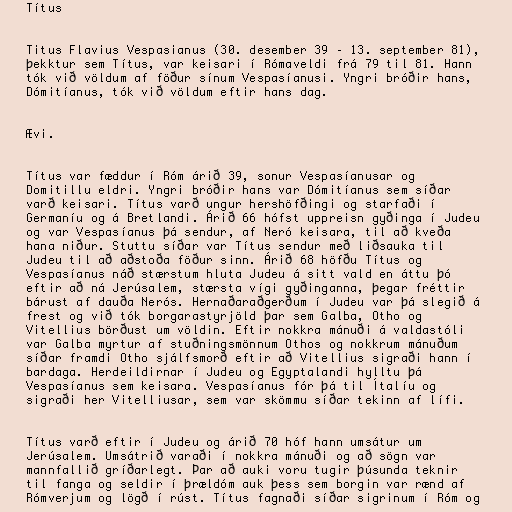
Títus

Titus Flavius Vespasianus (30. desember 39 – 13. september 81),
þekktur sem Títus, var keisari í Rómaveldi frá 79 til 81. Hann
tók við völdum af föður sínum Vespasíanusi. Yngri bróðir hans,
Dómitíanus, tók við völdum eftir hans dag.

Ævi.

Títus var fæddur í Róm árið 39, sonur Vespasíanusar og
Domitillu eldri. Yngri bróðir hans var Dómitíanus sem síðar
varð keisari. Títus varð ungur hershöfðingi og starfaði í
Germaníu og á Bretlandi. Árið 66 hófst uppreisn gyðinga í Judeu
og var Vespasíanus þá sendur, af Neró keisara, til að kveða
hana niður. Stuttu síðar var Títus sendur með liðsauka til
Judeu til að aðstoða föður sinn. Árið 68 höfðu Títus og
Vespasíanus náð stærstum hluta Judeu á sitt vald en áttu þó
eftir að ná Jerúsalem, stærsta vígi gyðinganna, þegar fréttir
bárust af dauða Nerós. Hernaðaraðgerðum í Judeu var þá slegið á
frest og við tók borgarastyrjöld þar sem Galba, Otho og
Vitellius börðust um völdin. Eftir nokkra mánuði á valdastóli
var Galba myrtur af stuðningsmönnum Othos og nokkrum mánuðum
síðar framdi Otho sjálfsmorð eftir að Vitellius sigraði hann í
bardaga. Herdeildirnar í Judeu og Egyptalandi hylltu þá
Vespasíanus sem keisara. Vespasíanus fór þá til Ítalíu og
sigraði her Vitelliusar, sem var skömmu síðar tekinn af lífi.

Títus varð eftir í Judeu og árið 70 hóf hann umsátur um
Jerúsalem. Umsátrið varaði í nokkra mánuði og að sögn var
mannfallið gríðarlegt. Þar að auki voru tugir þúsunda teknir
til fanga og seldir í þrældóm auk þess sem borgin var rænd af
Rómverjum og lögð í rúst. Títus fagnaði síðar sigrinum í Róm og